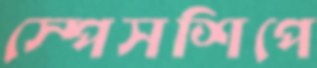
স্পেসশিপে